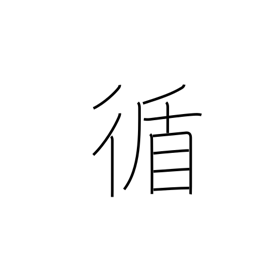
Meaning: sequential